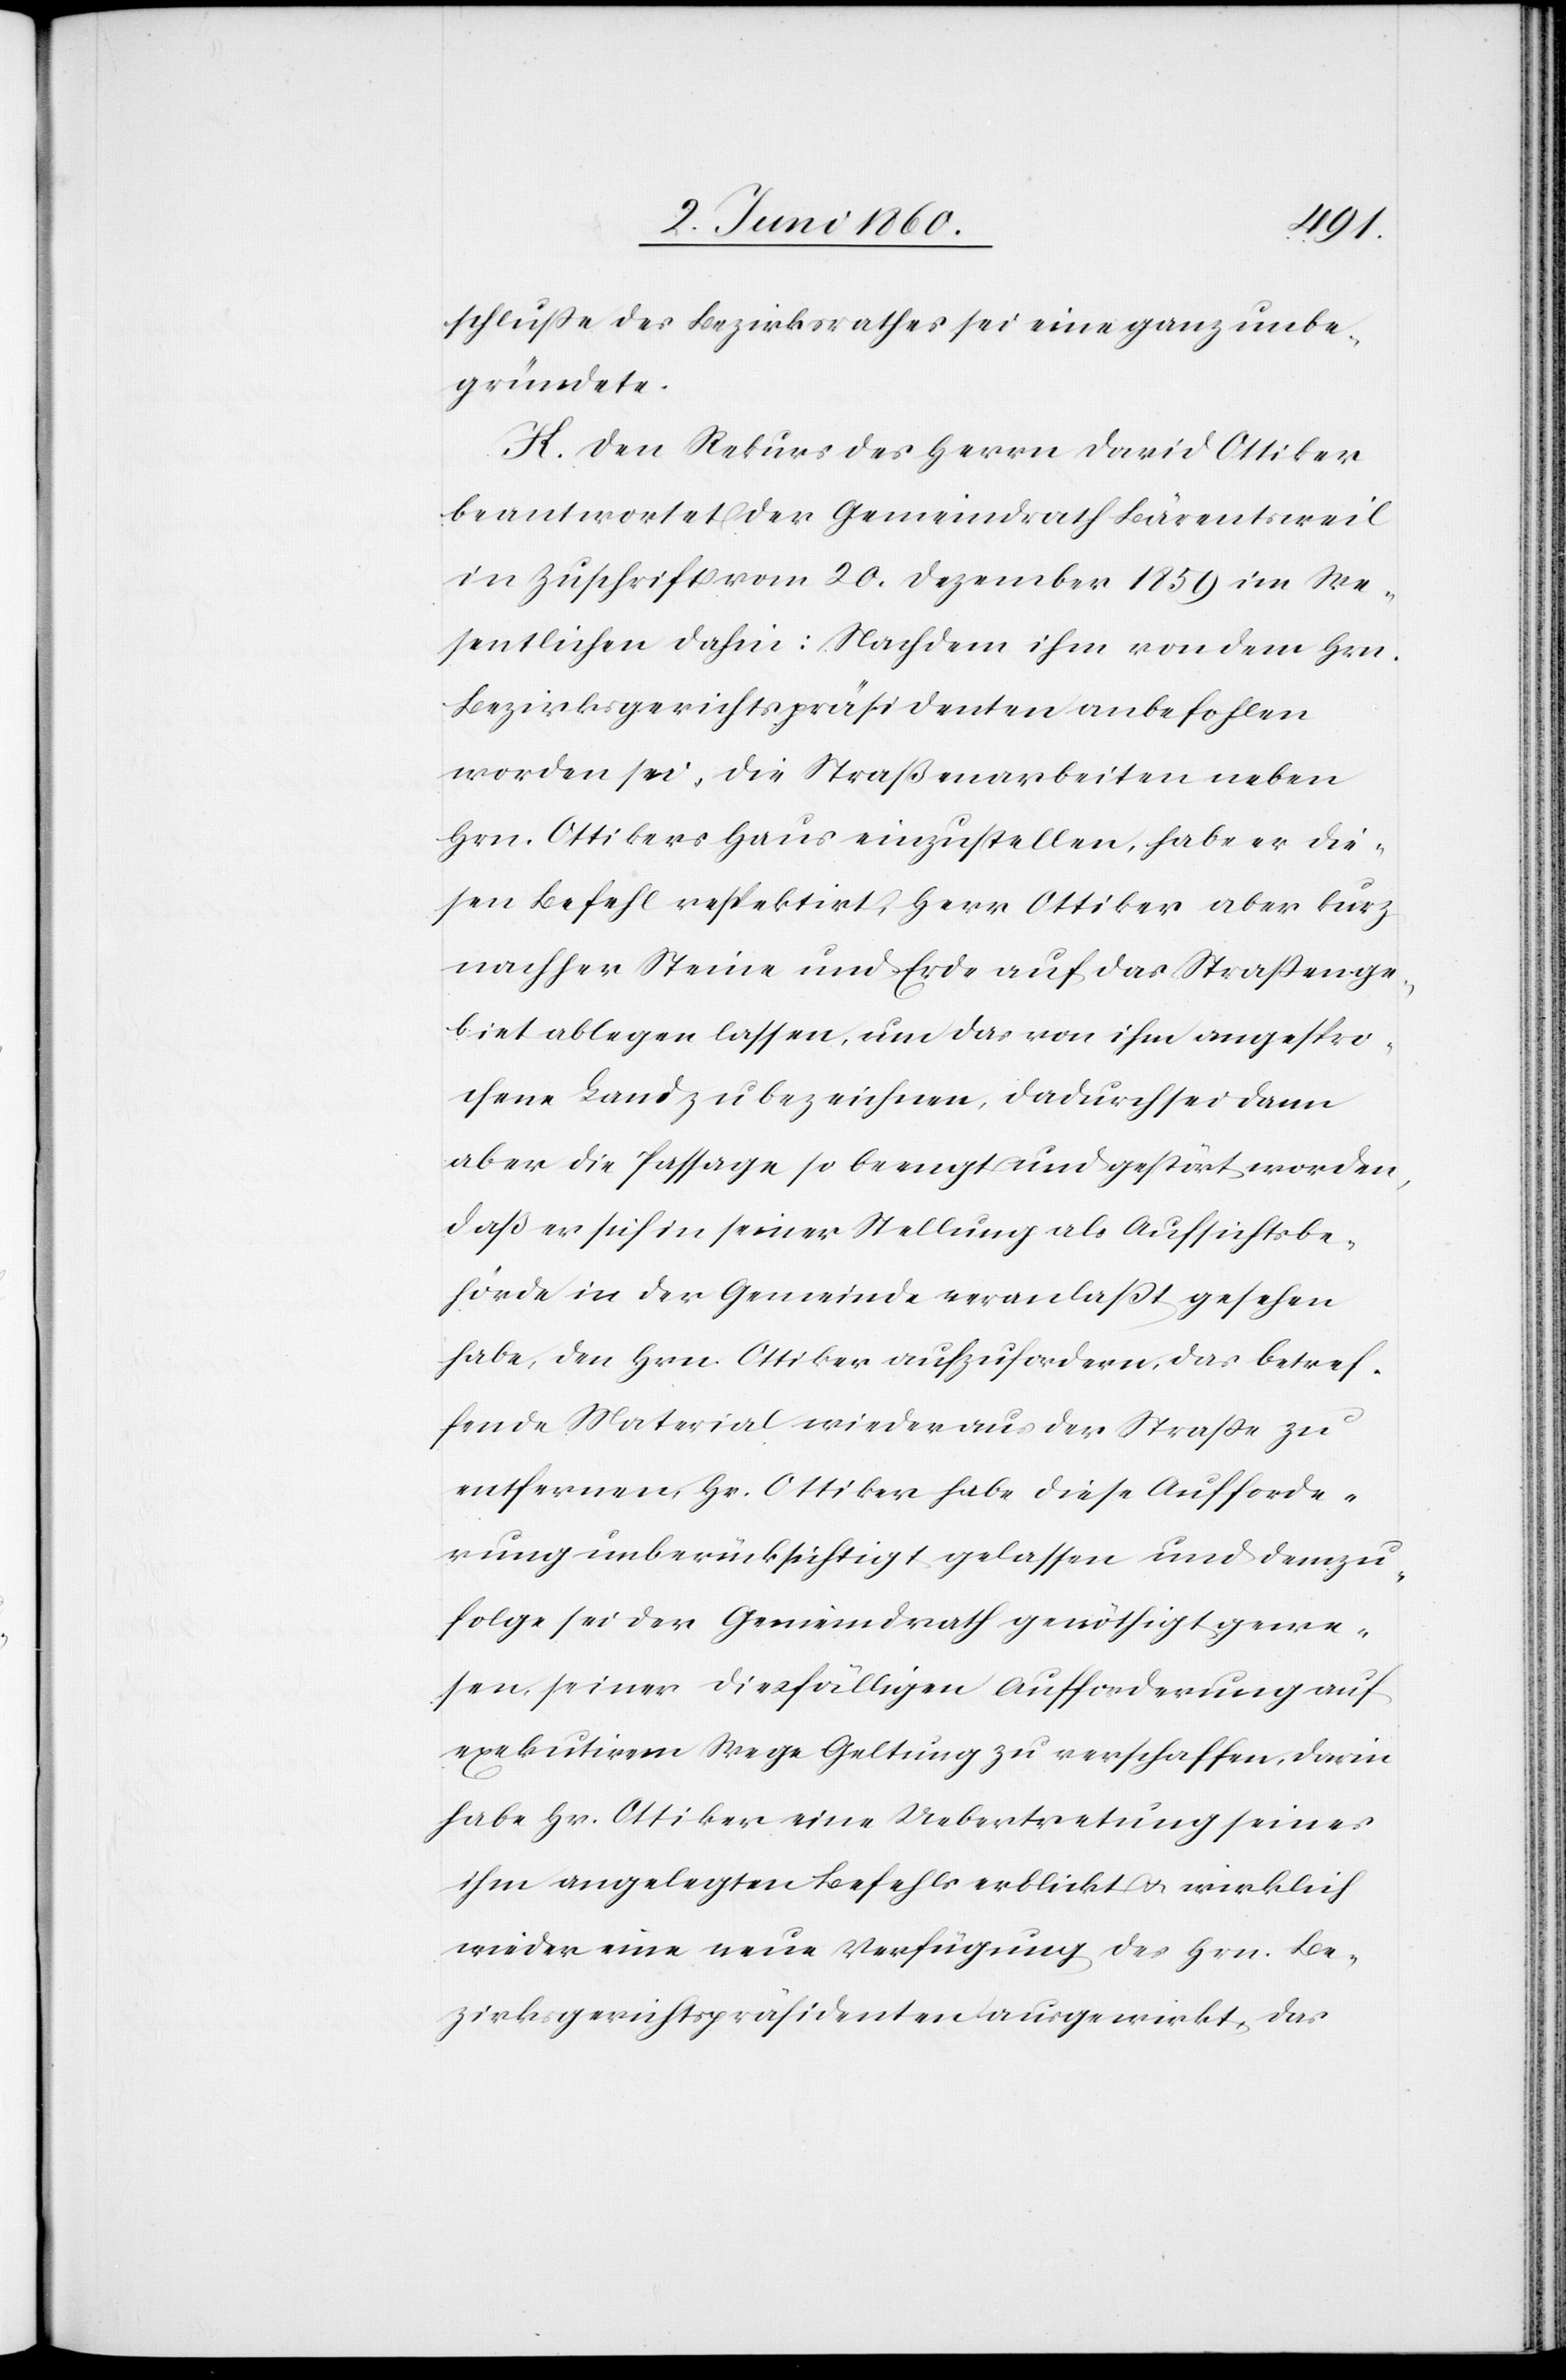
schlusse des Bezirksrathes sei eine ganz unbe¬
gründete.
K. Den Rekurs des Herrn David Ottiker
beantwortet der Gemeindrath Bärentsweil
in Zuschrift vom 20. Dezember 1859 im We¬
sentlichen dahin: Nachdem ihm von dem Hrn.
Bezirksgerichtspräsidenten anbefohlen
worden sei, die Straßenarbeiten neben
Hrn. Ottikers Haus einzustellen, habe er die¬
sen Befehl respektirt, Herr Ottiker aber kurz
nachher Steine und Erde auf das Strassenge¬
biet ablegen lassen, um das von ihm angespro¬
chene Land zu bezeichnen, dadurch sei dann
aber die Passage so beengt und gestört worden,
dass er sich in seiner Stellung als Aufsichtsbe¬
hörde in der Gemeinde veranlasst gesehen
habe, den Herrn Ottiker aufzufordern, das betref¬
fende Material wieder aus der Strasse zu
entfernen, Hr. Ottiker habe diese Aufforde¬
rung unberücksichtigt gelassen und demzu¬
folge sei der Gemeindrath genöthigt gewe¬
sen, seiner diesfälligen Aufforderung auf
exekutivem Wege Geltung zu verschaffen, darin
habe Hr. Ottiker eine Uebertretung seines
ihm angelegten Befehls erblickt u. wirklich
wieder eine neue Verfügung des Hrn. Be¬
zirksgerichtspräsidenten ausgewirkt, das